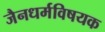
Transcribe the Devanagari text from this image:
जैनधर्मविषयक